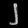
Digit: ၂